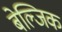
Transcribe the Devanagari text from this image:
बेल्जिक